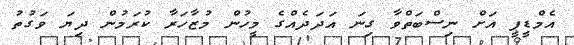
އެމްޑީޕީ އަށް ނިސްބަތްވާ ގިނަ އަދަދެއްގެ މީހުން މުޒާހަރާ ކުރަމުން ދިޔަ ވަގުތު